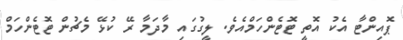
ޕޮއިންޓާ އެކު އޮތީ ޓޮޓެންހަމްއެވެ. ލީގުގައި މާދަމާ ރޭ ކުޅޭ މެޗުން ޓޮޓެންހަމް